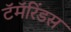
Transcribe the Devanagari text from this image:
टॅमॅरिंडस